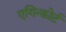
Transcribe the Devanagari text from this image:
एगिन्कोर्ट